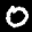
Label: 0